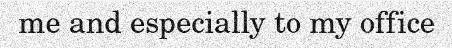
me and especially to my office